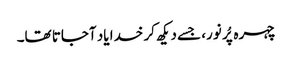
چہرہ پُر نور، جسے دیکھ کر خدا یاد آجاتا تھا۔